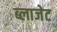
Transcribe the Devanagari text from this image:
ब्लाजेट